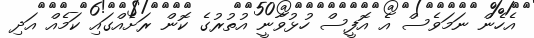
އެހެން ނަމަވެސް އެ އޮފީސް ހުޅުވާނީ އުތުރުގެ ކޮން ރަށެއްގައި ކަމެއް އަދި